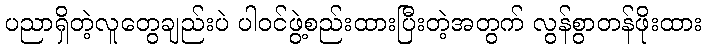
ပညာရှိတဲ့လူတွေချည်းပဲ ပါဝင်ဖွဲ့စည်းထားပြီးတဲ့အတွက် လွန်စွာတန်ဖိုးထား